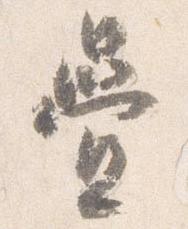
畳